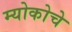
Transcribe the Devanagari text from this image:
म्योकोचे